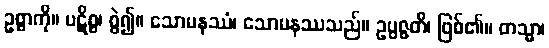
ဥစ္စာကို။ ပဋိစ္စ၊ စွဲ၍။ သောမနဿံ၊ သောမနဿသည်။ ဥပ္ပဇ္ဇတိ၊ ဖြစ်၏။ တသ္မာ၊